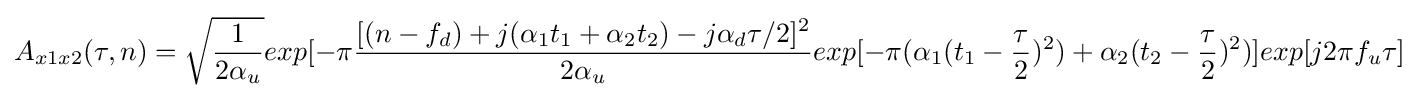
A_{x1x2}(\tau ,n)={\sqrt {\frac {1}{2\alpha _{u}}}}exp[-\pi {\frac {[(n-f_{d})+j(\alpha _{1}t_{1}+\alpha _{2}t_{2})-j\alpha _{d}\tau /2]^{2}}{2\alpha _{u}}}exp[-\pi (\alpha _{1}(t_{1}-{\frac {\tau }{2}})^{2})+\alpha _{2}(t_{2}-{\frac {\tau }{2}})^{2})]exp[j2\pi f_{u}\tau ]